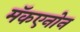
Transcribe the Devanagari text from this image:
मॅकएनोन